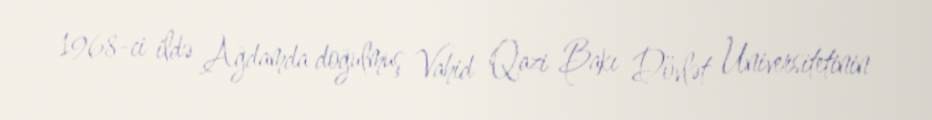
1968-ci ildə Ağdamda doğulmuş Vahid Qazi Bakı Dövlət Universitetinin